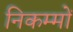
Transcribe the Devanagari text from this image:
निकम्मों